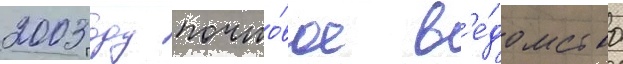
2003 году почто́вое в'е́домство